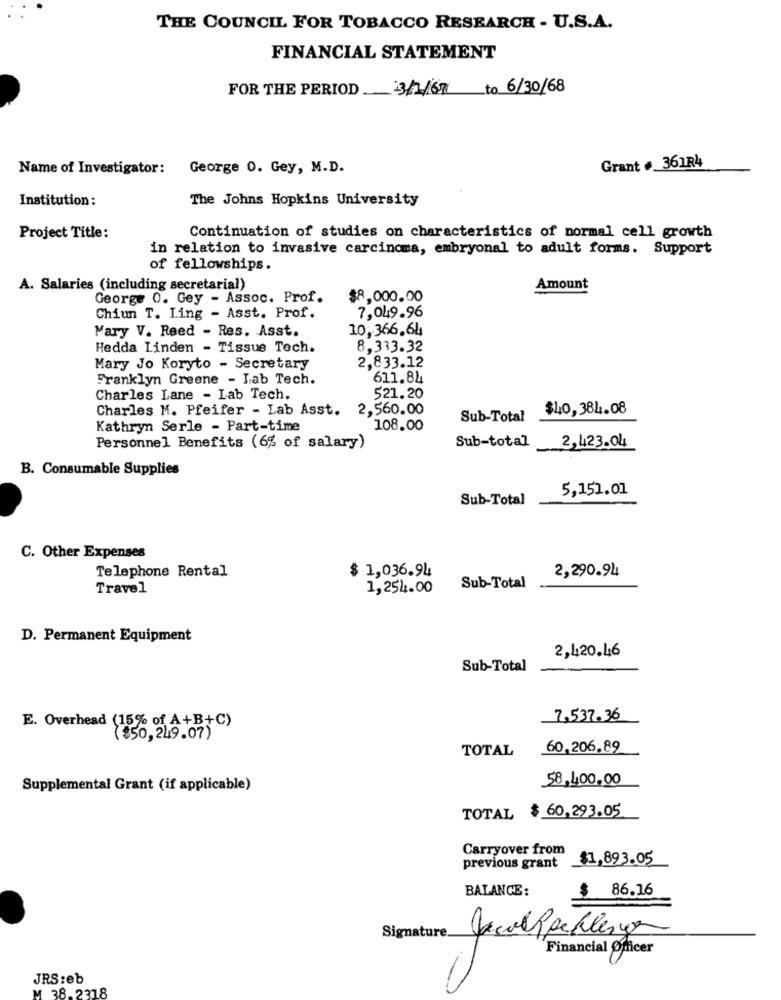
THE COUNCIL FOR TOBACCO RESEARCH - U.S.A.
FINANCIAL STATEMENT
FOR THE PERIOD 3/1/67 to 6/30/68
Name of Investigator:
George 0. Gey, M.D.
Grant # 361R4
Institution :
The Johns Hopkins University
Project Title:
Continuation of studies on characteristics of normal cell growth
in relation to invasive carcinoma, embryonal to adult forms. Support
of fellowships.
A. Salaries (including secretarial)
Amount
George 0. Gey - Assoc. Prof.
$8,000.00
7,049.96
Chiun T. Ling - Asst. Prof.
Mary V. Reed - Res. Asst.
10,366.64
Hedda Linden - Tissue Tech.
8,333.32
2,833.12
Mary Jo Koryto - Secretary
Franklyn Greene - Lab Tech.
611.84
Charles Lane - Lab Tech.
521.20
Charles M. Pfeifer - Lab Asst.
2,560.00
$40,384.08
Sub-Total
Kathryn Serle - Part-time
108.00
Sub-total
Personnel Benefits (6% of salary)
2,423.04
B. Consumable Supplies
5,151.01
Sub-Total
C. Other Expenses
Telephone Rental
$ 1,036.94
2,290.94
Travel
1,254.00
Sub-Total
D. Permanent Equipment
2,420.46
Sub-Total
E. Overhead (15% of A+B+C)
7,537.36
($50,249.07)
TOTAL
60,206.89
58,400,00
Supplemental Grant (if applicable)
TOTAL $ 60.293.05
Carryover from
previous grant
$1,893.05
BALANCE:
$
86.16
Signature
Financial Officer
JRS :eb
38.2318